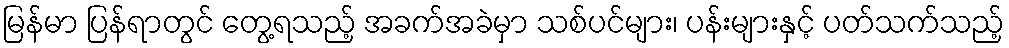
မြန်မာ ပြန်ရာတွင် တွေ့ရသည့် အခက်အခဲမှာ သစ်ပင်များ၊ ပန်းများနှင့် ပတ်သက်သည့်